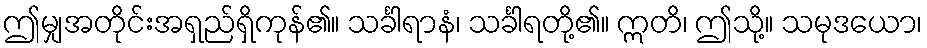
ဤမျှအတိုင်းအရှည်ရှိကုန်၏။ သင်္ခါရာနံ၊ သင်္ခါရတို့၏။ ဣတိ၊ ဤသို့။ သမုဒယော၊